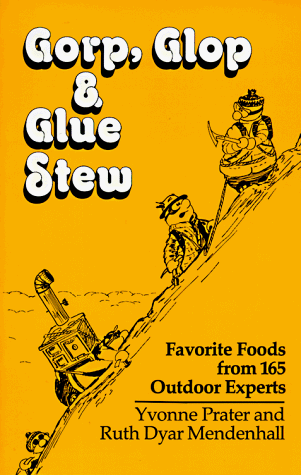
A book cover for Gorp, Glop and Glue Stew: Favorite Foods from 165 Outdoor Experts; Yvonne Prater; Cookbooks, Food & Wine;